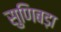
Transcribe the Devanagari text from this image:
सुणिबड़ा